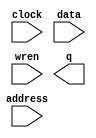
// megafunction wizard: %RAM: 1-PORT%VBB%
// GENERATION: STANDARD
// VERSION: WM1.0
// MODULE: altsyncram 

// ============================================================
// Megafunction Name(s):
// 			altsyncram
//
// Simulation Library Files(s):
// 			altera_mf
// ============================================================
// ************************************************************
// THIS IS A WIZARD-GENERATED FILE. DO NOT EDIT THIS FILE!
//
// 17.0.0 Build 595 04/25/2017 SJ Lite Edition
// ************************************************************

//Copyright (C) 2017  Intel Corporation. All rights reserved.
//Your use of Intel Corporation's design tools, logic functions 
//and other software and tools, and its AMPP partner logic 
//functions, and any output files from any of the foregoing 
//(including device programming or simulation files), and any 
//associated documentation or information are expressly subject 
//to the terms and conditions of the Intel Program License 
//Subscription Agreement, the Intel Quartus Prime License Agreement,
//the Intel MegaCore Function License Agreement, or other 
//applicable license agreement, including, without limitation, 
//that your use is for the sole purpose of programming logic 
//devices manufactured by Intel and sold by Intel or its 
//authorized distributors.  Please refer to the applicable 
//agreement for further details.

module ram40x32 (
	address,
	clock,
	data,
	wren,
	q);

	input	[4:0]  address;
	input	  clock;
	input	[39:0]  data;
	input	  wren;
	output	[39:0]  q;
`ifndef ALTERA_RESERVED_QIS
// synopsys translate_off
`endif
	tri1	  clock;
`ifndef ALTERA_RESERVED_QIS
// synopsys translate_on
`endif

endmodule

// ============================================================
// CNX file retrieval info
// ============================================================
// Retrieval info: PRIVATE: ADDRESSSTALL_A NUMERIC "0"
// Retrieval info: PRIVATE: AclrAddr NUMERIC "0"
// Retrieval info: PRIVATE: AclrByte NUMERIC "0"
// Retrieval info: PRIVATE: AclrData NUMERIC "0"
// Retrieval info: PRIVATE: AclrOutput NUMERIC "0"
// Retrieval info: PRIVATE: BYTE_ENABLE NUMERIC "0"
// Retrieval info: PRIVATE: BYTE_SIZE NUMERIC "8"
// Retrieval info: PRIVATE: BlankMemory NUMERIC "1"
// Retrieval info: PRIVATE: CLOCK_ENABLE_INPUT_A NUMERIC "0"
// Retrieval info: PRIVATE: CLOCK_ENABLE_OUTPUT_A NUMERIC "0"
// Retrieval info: PRIVATE: Clken NUMERIC "0"
// Retrieval info: PRIVATE: DataBusSeparated NUMERIC "1"
// Retrieval info: PRIVATE: IMPLEMENT_IN_LES NUMERIC "0"
// Retrieval info: PRIVATE: INIT_FILE_LAYOUT STRING "PORT_A"
// Retrieval info: PRIVATE: INIT_TO_SIM_X NUMERIC "0"
// Retrieval info: PRIVATE: INTENDED_DEVICE_FAMILY STRING "Cyclone V"
// Retrieval info: PRIVATE: JTAG_ENABLED NUMERIC "0"
// Retrieval info: PRIVATE: JTAG_ID STRING "NONE"
// Retrieval info: PRIVATE: MAXIMUM_DEPTH NUMERIC "0"
// Retrieval info: PRIVATE: MIFfilename STRING ""
// Retrieval info: PRIVATE: NUMWORDS_A NUMERIC "32"
// Retrieval info: PRIVATE: RAM_BLOCK_TYPE NUMERIC "0"
// Retrieval info: PRIVATE: READ_DURING_WRITE_MODE_PORT_A NUMERIC "3"
// Retrieval info: PRIVATE: RegAddr NUMERIC "1"
// Retrieval info: PRIVATE: RegData NUMERIC "1"
// Retrieval info: PRIVATE: RegOutput NUMERIC "0"
// Retrieval info: PRIVATE: SYNTH_WRAPPER_GEN_POSTFIX STRING "0"
// Retrieval info: PRIVATE: SingleClock NUMERIC "1"
// Retrieval info: PRIVATE: UseDQRAM NUMERIC "1"
// Retrieval info: PRIVATE: WRCONTROL_ACLR_A NUMERIC "0"
// Retrieval info: PRIVATE: WidthAddr NUMERIC "5"
// Retrieval info: PRIVATE: WidthData NUMERIC "40"
// Retrieval info: PRIVATE: rden NUMERIC "0"
// Retrieval info: LIBRARY: altera_mf altera_mf.altera_mf_components.all
// Retrieval info: CONSTANT: CLOCK_ENABLE_INPUT_A STRING "BYPASS"
// Retrieval info: CONSTANT: CLOCK_ENABLE_OUTPUT_A STRING "BYPASS"
// Retrieval info: CONSTANT: INTENDED_DEVICE_FAMILY STRING "Cyclone V"
// Retrieval info: CONSTANT: LPM_HINT STRING "ENABLE_RUNTIME_MOD=NO"
// Retrieval info: CONSTANT: LPM_TYPE STRING "altsyncram"
// Retrieval info: CONSTANT: NUMWORDS_A NUMERIC "32"
// Retrieval info: CONSTANT: OPERATION_MODE STRING "SINGLE_PORT"
// Retrieval info: CONSTANT: OUTDATA_ACLR_A STRING "NONE"
// Retrieval info: CONSTANT: OUTDATA_REG_A STRING "UNREGISTERED"
// Retrieval info: CONSTANT: POWER_UP_UNINITIALIZED STRING "FALSE"
// Retrieval info: CONSTANT: READ_DURING_WRITE_MODE_PORT_A STRING "NEW_DATA_NO_NBE_READ"
// Retrieval info: CONSTANT: WIDTHAD_A NUMERIC "5"
// Retrieval info: CONSTANT: WIDTH_A NUMERIC "40"
// Retrieval info: CONSTANT: WIDTH_BYTEENA_A NUMERIC "1"
// Retrieval info: USED_PORT: address 0 0 5 0 INPUT NODEFVAL "address[4..0]"
// Retrieval info: USED_PORT: clock 0 0 0 0 INPUT VCC "clock"
// Retrieval info: USED_PORT: data 0 0 40 0 INPUT NODEFVAL "data[39..0]"
// Retrieval info: USED_PORT: q 0 0 40 0 OUTPUT NODEFVAL "q[39..0]"
// Retrieval info: USED_PORT: wren 0 0 0 0 INPUT NODEFVAL "wren"
// Retrieval info: CONNECT: @address_a 0 0 5 0 address 0 0 5 0
// Retrieval info: CONNECT: @clock0 0 0 0 0 clock 0 0 0 0
// Retrieval info: CONNECT: @data_a 0 0 40 0 data 0 0 40 0
// Retrieval info: CONNECT: @wren_a 0 0 0 0 wren 0 0 0 0
// Retrieval info: CONNECT: q 0 0 40 0 @q_a 0 0 40 0
// Retrieval info: GEN_FILE: TYPE_NORMAL ram40x32.v TRUE
// Retrieval info: GEN_FILE: TYPE_NORMAL ram40x32.inc FALSE
// Retrieval info: GEN_FILE: TYPE_NORMAL ram40x32.cmp FALSE
// Retrieval info: GEN_FILE: TYPE_NORMAL ram40x32.bsf FALSE
// Retrieval info: GEN_FILE: TYPE_NORMAL ram40x32_inst.v FALSE
// Retrieval info: GEN_FILE: TYPE_NORMAL ram40x32_bb.v TRUE
// Retrieval info: LIB_FILE: altera_mf